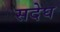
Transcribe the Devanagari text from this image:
सदेघ